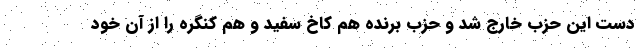
دست این حزب خارج شد و حزب برنده هم کاخ سفید و هم کنگره را از آن خود